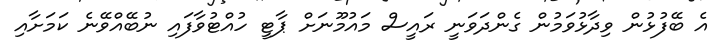
އެ ބޭފުޅުން ވިދާޅުވަމުން ގެންދަވަނީ ރައީސް މައުމޫނަށް ޕާޓީ ހުއްޓުވާފައި ނުބޭއްވޭނެ ކަމަށާއި